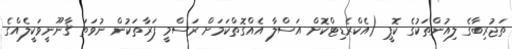
ތަޖުރިބާގެ ލިއުންތަކުގެ ކޮޕީ (އެކްރެޑިޓްކޮށް އަސްލާ އެއްގޮތްކަމަށް ރަސްމީ ފަރާތަކުން ނުވަތަ ޤާނޫނީވަކީލެއްގެ